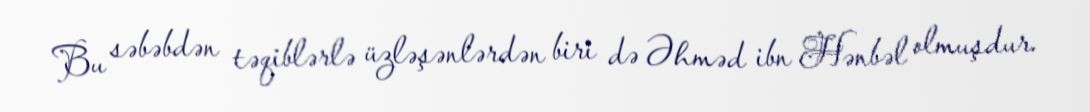
Bu səbəbdən təqiblərlə üzləşənlərdən biri də Əhməd ibn Hənbəl olmuşdur.